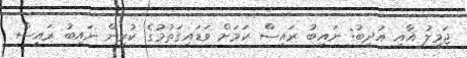
ޖަމީލު އާއި އަދީބު: ނައިބު ރައީސް ކަމަށް ވަޑައިގަތުމުގެ ކުރިން ނައިބު ރައީސް